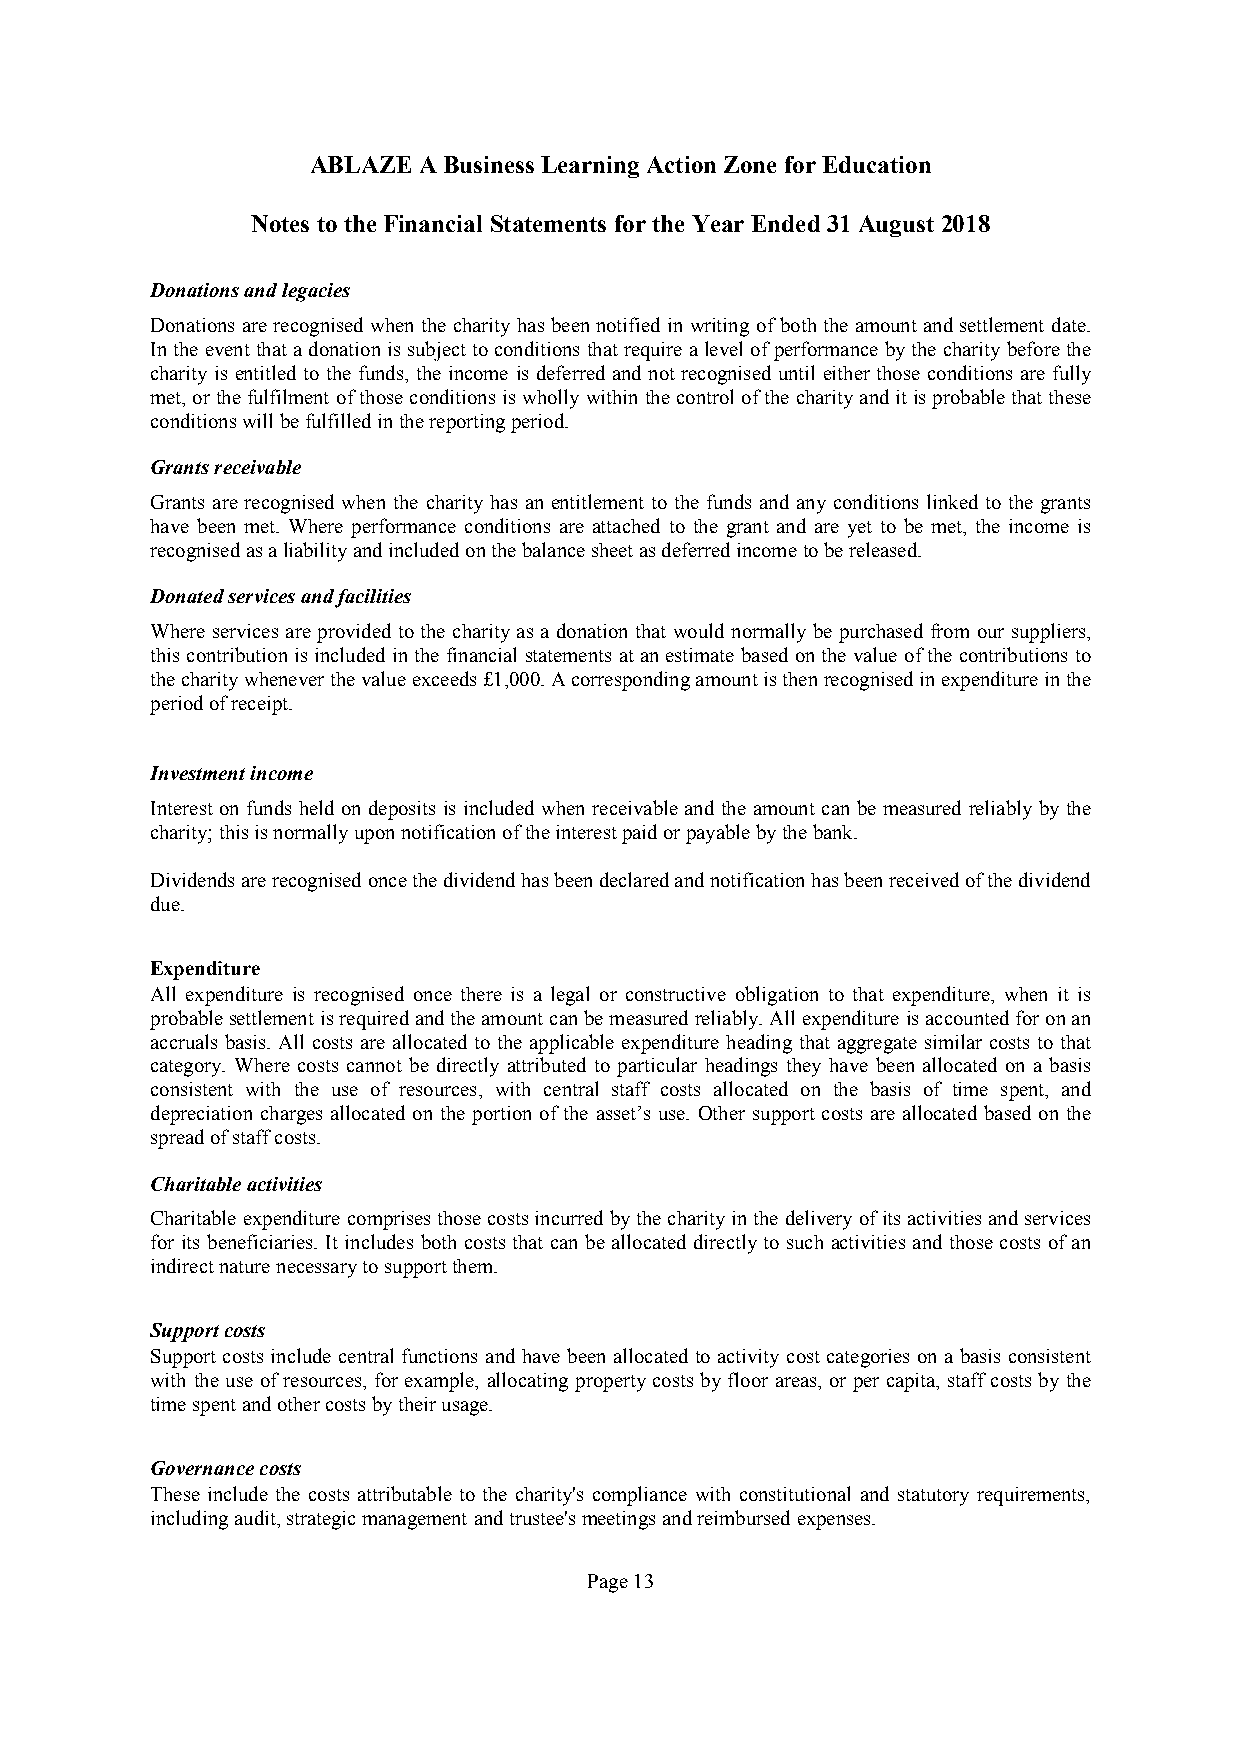
ABLAZE  ABusinessLearning Action Zone forEducation
 Notes totheFinancial Statements fortheYear Ended31August2018
 Donationsandlegacies
 Donations arerecognised when the charity hasbeennotified inwriting ofboththe amount and settlement date.
 Intheeventthatadonationissubjecttoconditionsthatrequirealevelofperformance bythe charitybeforethe
 charity is entitled to the funds, the income is deferred and not recognised until either those conditions are fully
 met, orthefulfilment ofthoseconditionsiswholly within thecontrolofthecharityanditisprobablethatthese
 conditionswillbefulfilledinthereportingperiod.
 Grantsreceivable
 Grants are recognised when the charity has an entitlement to the funds and any conditions linked to the grants
 have been met. Where performance conditions are attached to the grant and are yet to be met, the income is
 recognisedasaliabilityandincludedonthebalancesheetasdeferredincometobereleased.
 Donatedservicesandfacilities
 Where services are provided to the charity as a donation that would normally be purchased from our suppliers,
 this contributionisincluded inthe financial statements atanestimate basedonthe value ofthe contributions to
 thecharitywhenever thevalueexceeds£1,000.Acorrespondingamountisthenrecognisedinexpenditureinthe
 periodofreceipt.
 Investmentincome
 Interest on funds held ondepositsis included when receivable and the amount can be measured reliably bythe
 charity;thisisnormallyuponnotificationoftheinterestpaidorpayablebythebank.
 Dividendsarerecognisedoncethedividendhasbeendeclaredandnotificationhasbeenreceivedofthedividend
 due.
 Expenditure
 All expenditure is recognised once there is a legal or constructive obligation to that expenditure, when it is
 probablesettlement isrequiredandtheamountcanbemeasuredreliably.Allexpenditureisaccountedforonan
 accruals basis. All costs are allocated to the applicable expenditure heading that aggregate similar costs to that
 category. Where costs cannot be directly attributed to particular headings they have been allocated on a basis
 consistent with the use of resources, with central staff costs allocated on the basis of time spent, and
 depreciation charges allocated on the portion of the asset’s use. Other support costs are allocated based on the
 spreadofstaffcosts.
 Charitableactivities
 Charitableexpenditure comprisesthosecostsincurredbythecharityinthedeliveryofitsactivitiesandservices
 for its beneficiaries. It includes both costs that can be allocated directly to such activities and those costs of an
 indirectnaturenecessarytosupportthem.
 Supportcosts
 Supportcosts include central functions and have been allocated to activity costcategories on a basis consistent
 with the use of resources, for example, allocating propertycosts by floor areas, or per capita, staff costs by the
 timespentandothercostsbytheirusage.
 Governancecosts
 These include the costs attributable to the charity's compliance with constitutional and statutory requirements,
 includingaudit,strategicmanagement andtrustee'smeetingsandreimbursedexpenses.
 Page13